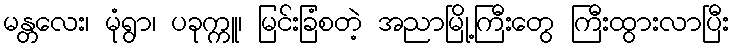
မန္တလေး၊ မုံရွာ၊ ပခုက္ကူ၊ မြင်းခြံစတဲ့ အညာမြို့ကြီးတွေ ကြီးထွားလာပြီး